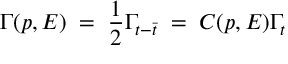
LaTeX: \Gamma ( p , E ) \; = \; { \frac { 1 } { 2 } } \Gamma _ { t - \bar { t } } \; = \; { \cal C } ( p , E ) \Gamma _ { t }